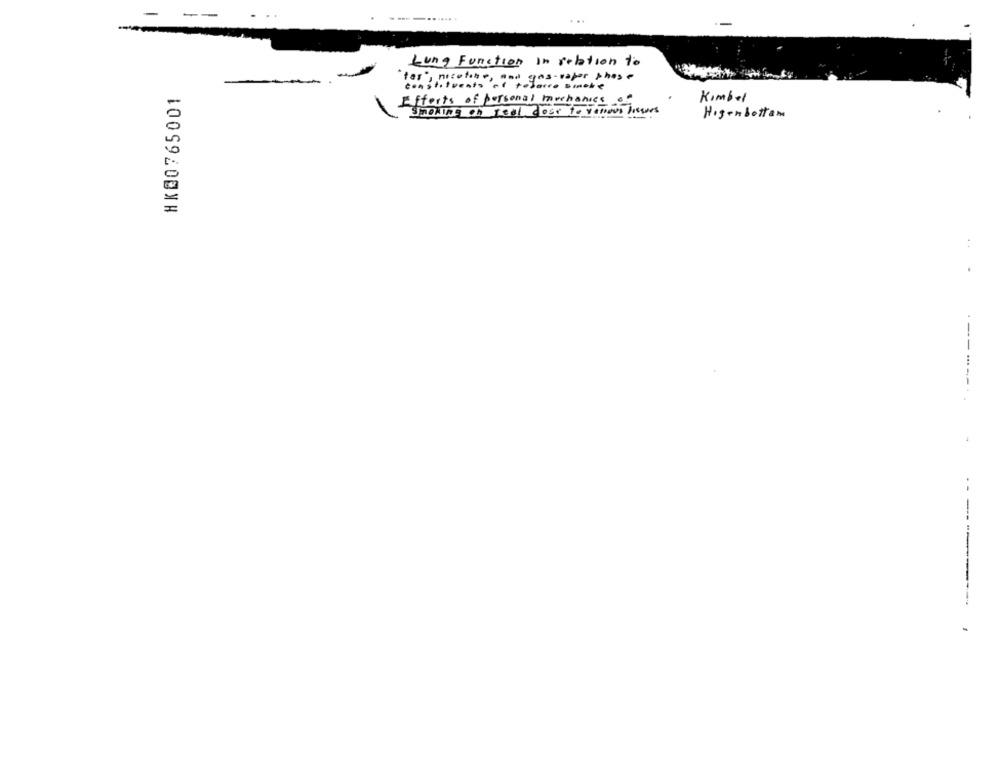
--
-
Lung Function in relation to
pas-vapor phose
-
HK@0765001
tar", nicotine, and force smoke
Kimber
Effects of personal mechanics of
Smoking on real close to Memoss Dieses
Higenbottom
-
------------